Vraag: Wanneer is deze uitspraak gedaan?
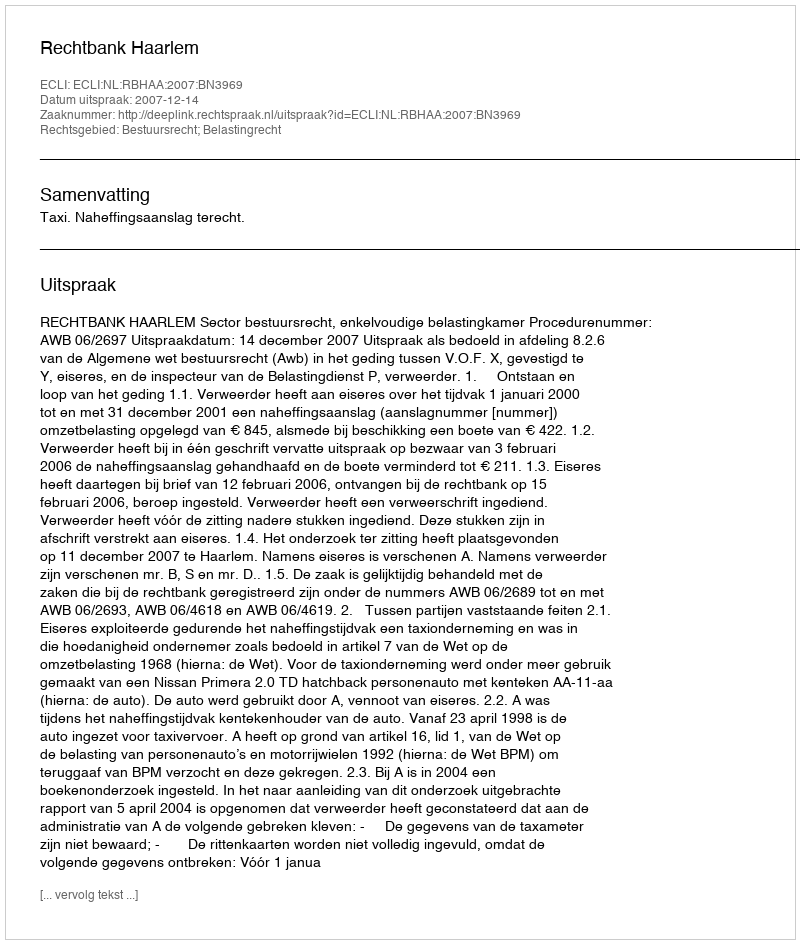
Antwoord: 2007-12-14